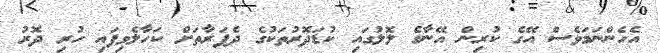
އެހެންނަމަވެސް އޭގެ ކުރިން އޭނާގެ ލޮލުގައި ކުޑަދޮރުތަކުގެ ދެފަރާތަށް ކަހާލެވިފައި ހުރި ދޮރު